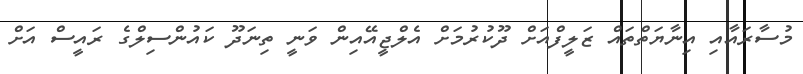
މުސާރައާއި އިނާޔަތްތައް ޒަލީފްއަށް ދޫކުރުމަށް އެލްޖީއޭއިން ވަނީ ތިނަދޫ ކައުންސިލްގެ ރައީސް އަށް